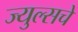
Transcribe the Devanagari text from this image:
ज्युल्सचे